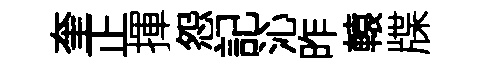
奎正揮怨記沁昨轅牒